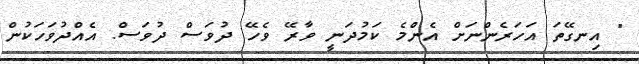
" އިނގޭތަ އަހަރެންނަށް އެންމެ ކަމުދަނީ ވާރޭ ވެހޭ ދުވަސް ދުވަސް. އެއްދުވަހަކުން